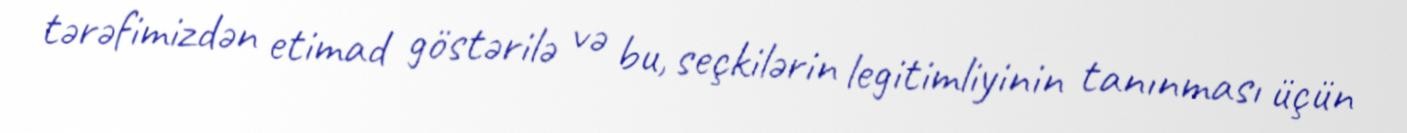
tərəfimizdən etimad göstərilə və bu, seçkilərin legitimliyinin tanınması üçün